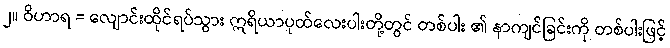
၂။ ဝိဟာရ = လျောင်းထိုင်ရပ်သွား ဣရိယာပုထ်လေးပါးတို့တွင် တစ်ပါး ၏ နာကျင်ခြင်းကို တစ်ပါးဖြင့်